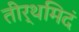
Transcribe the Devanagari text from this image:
तीर्थमिदं